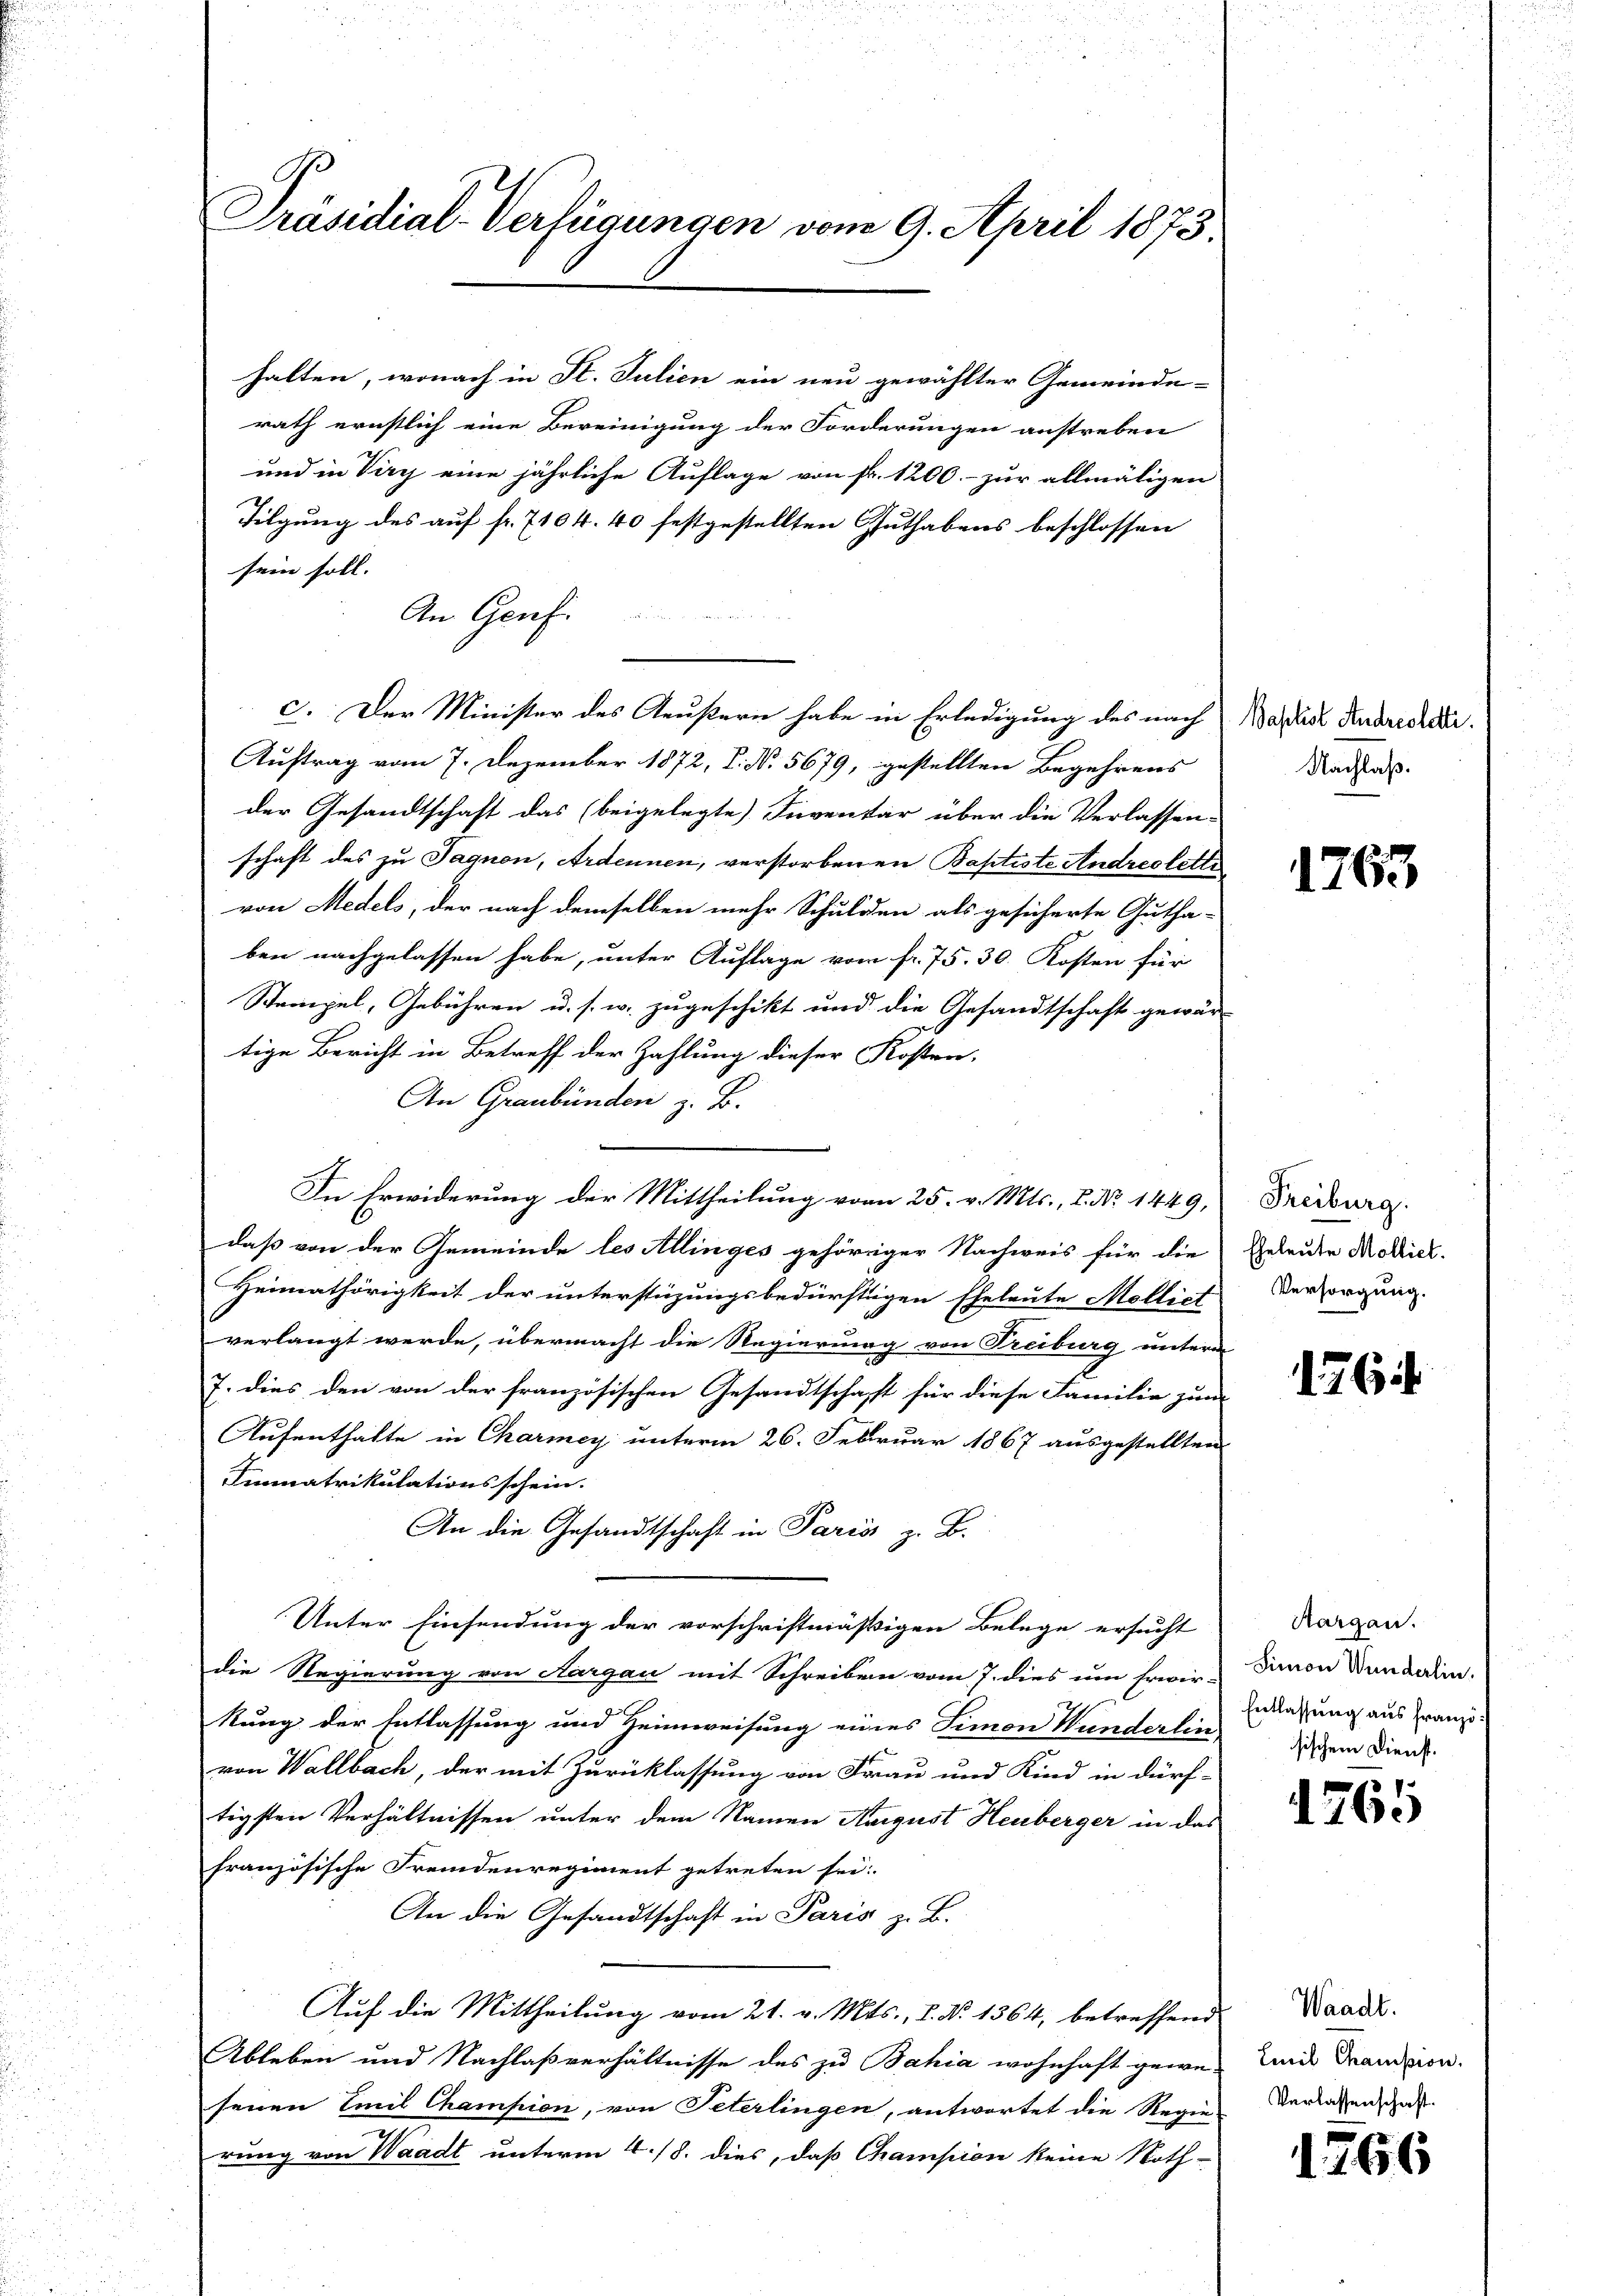
Präsidial-Verfügungen vom 9. April 1873.

halten, wonach in St. Julien ein neu gewählter Gemeinde-
rath ernstlich eine Bereinigung der Forderungen anstreben
und in Viry eine jährliche Auflage von fr. 1200.- zur allmäligen
Tilgung des auf fr. 7104. 40 festgestellten Guthabens beschlossen
sein soll. |
An Genf
c. Der Minister des Aeußern habe in Erledigung des nach
Auftrag vom 7. Dezember 1872, S. Nr. 5679, gestellten Begehrens
der Gesandtschaft das (beigelegte Inventar über die Verlassen-
schaft des zu Tagnon, Ardennen, verstorbenen Baptiste Andreoletti
von Medels, der nach demselben mehr Schulden als gesicherte Gutha-
ben nachgelassen habe, unter Auflage vom fr. 75. 30. Kosten für
Stempel, Gebühren u. s. w. zugeschikt und die Gesandtschaft gewär-
tige Bericht in Betreff der Zahlung dieser Kosten,
An Graubünden z. B.
In Erwiderung der Mittheilung vom 25. v. Mts., P. Nr. 1449,
daß von der Gemeinde les Allinges gehöriger Nachweis für die
Heimathörigkeit der unterstüzungsbedürftigen Eheleute Mollict
verlangt werde, übermacht die Regierung von Treiburg untern
7. dies den von der französischen Gesandtschaft für diese Familie zum
Aufenthalte in Charmey unterm 26. Februar 1867 ausgestellten
Immatrikulationsschein.
An die Gesandtschaft in Paris z. B.
Unter Einsendung der vorschriftmäßigen Belege ersucht
die Regierung von Aargau mit Schreiben vom 7. dies um Erwir-
kung der Entlassung und Heimweisung eines Simon Wunderlin
von Wallbach, der mit Zurücklassung von Frau und Kind in dürf-
tigsten Verhältnissen unter dem Namen August Heuberger in das
französische Fremdenregiment getreten sei.
An die Gesandtschaft in Paris z. B.
Auf die Mittheilung vom 21. v. Mts., I. No. 1364, betreffend
Ableben und Nachlaßverhältnisse des zu Bahia wohnhaft gewe-
senen Emil Champion, von Peterlingen, antwortet die Regie-
rung von Waadt unterm 4./8. dies, daß Champion keine Noth-

Baptist Andreoletti.
Nachlaß.

1763

Freiburg.
Eheleute Molliet.
Versorgung.

176.

Hargau.
Simon Wunderlin.
Entlassung aus Franzi
sischem Dienst.

1
176.

Waadt.
Emil Champion.
Verlassenschaft.

1266